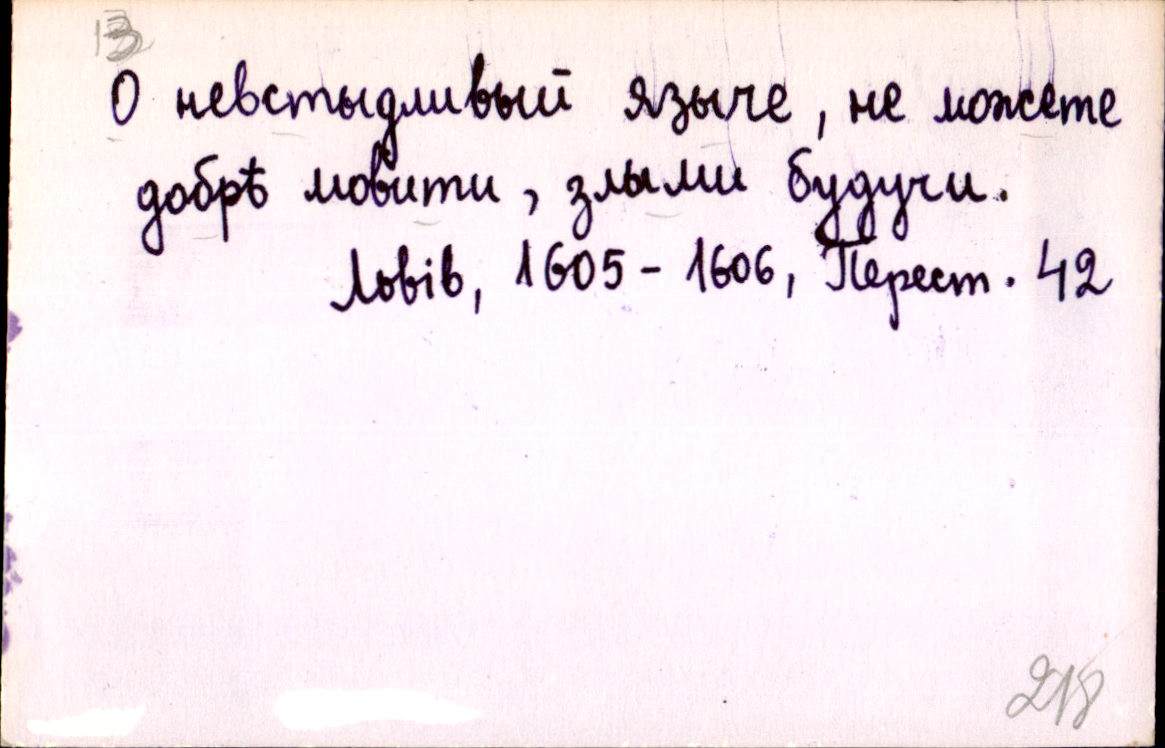
О невстыдливый языче, не можете
добрѣ мовити, злыми будучи.
Львів, 1605-1606, Перест. 42